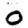
Digit: 0